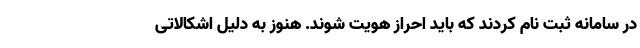
در سامانه ثبت نام کردند که باید احراز هویت شوند. هنوز به دلیل اشکالاتی